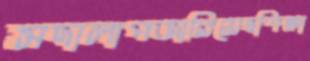
সদালাপজারিয়েছশিক্ষা